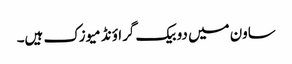
ساون میں دو بیک گراؤنڈ میوزک ہیں۔